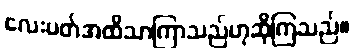
လေးပတ်အထိသာကြာသည်ဟုဆိုကြသည်။